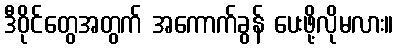
ဒီဝိုင်တွေအတွက် အကောက်ခွန် ပေးဖို့လိုမလား။